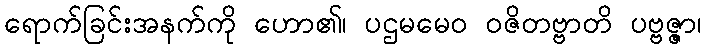
ရောက်ခြင်းအနက်ကို ဟော၏၊ ပဌမမေဝ ဝဇိတဗ္ဗာတိ ပဗ္ဗဇ္ဇာ၊